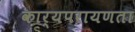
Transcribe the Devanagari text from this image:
कार्यपरायणता